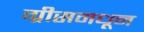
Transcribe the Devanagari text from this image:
ग्रीसमधून